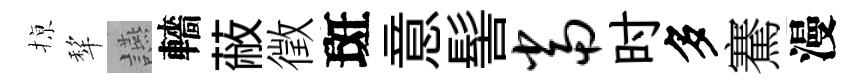
𢱊犂讌轖蔽徵斑意髻当时多騫漫